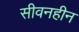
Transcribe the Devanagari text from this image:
सीवनहीन